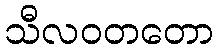
သီလဝတတော